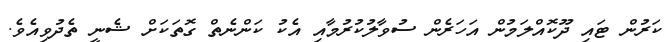
ކަރުން ޓައި ދޫކޮއްލަމުން އަހަރެން ސުވާލުކުރުމާއި އެކު ކަންނެތް ގޮތަކަށް ޝެނީ ތެދުވިއެވެ.